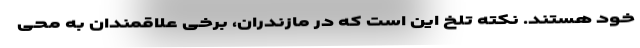
خود هستند. نکته تلخ این است که در مازندران، برخی علاقمندان به محی